Scottish Education Department, 1919
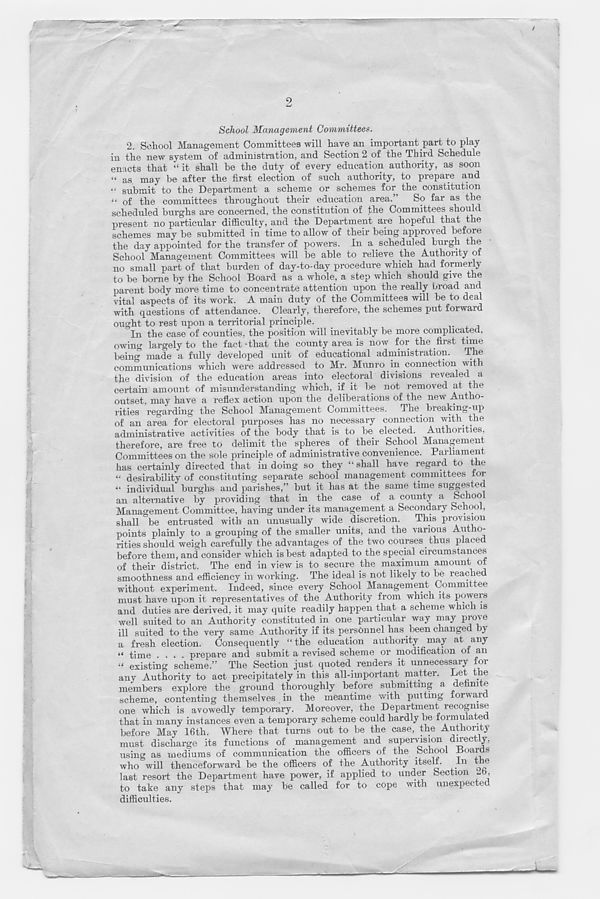
9
School Management Committees.
2. School Management Committees will have an important part to play
in the new system of administration, and Section 2 of the Third Schedule
enacts that “it shall be the duty of every education authority, as soon
“ a9 may be after the first election of such authority, to prepare and
“ submit to the Department a scheme or schemes for the constitution
“ of the committees throughout their education area.
So far as the
scheduled burghs are concerned, the constitution of the Committees should
present no particular difficulty, and the Department are hopeful that the
schemes may be submitted in time to allow of their being approved before
the day appointed for the transfer of powers. In a scheduled burgh the
School Management Committees will be able to relieve the Authority of
no small part of that burden of day-to-day procedure which had formerly
to be borne by the School Board as a whole, a step which should give the
parent body more time to concentrate attention upon the really broad and
vital aspects of its work. A main duty of the Committees will be to deal
with questions of attendance. Clearly, therefore, the schemes put forward
ought to rest upon a territorial principle.
In the case of counties, the position will inevitably be more complicated,
owing largely to the fact -that the county area is now for the first time
being made a fully developed unit of educational administration. The
communications which were addressed to Mr. Munro in connection with
the division of the education areas into electoral divisions revealed a
certain amount of misunderstanding which, if it be not removed at the
outset, may have a reflex action upon the deliberations of the new Autho-
rities regarding the School Management Committees. The breaking-up
of an area for electoral purposes has no necessary connection with the
administrative activities of the body that is to be elected. Authorities
therefore, are free to delimit the spheres of their School Management
Committees on the sole principle of administrative convenience. Parliament
has certainly directed that in doing so they “ shall have regard to the
“ desirability of constituting separate school management committees ioi
“ individual burghs and parishes,” but it has at the same time suggested
an alternative by providing that in the case of a county a Schoo
Management Committee, having under its management a Secondary School,
shall be entrusted with an unusually wide discretion.
This provision
points plainly to a grouping of the smaller units, and the various Autho-
rities should weigh carefully the advantages of the two courses thus placed
before them, and consider which is best adapted to the special circumstances
of their district. The end in view is to secure the maximum amount of
smoothness and efficiency in working. The ideal is not likely to be reached
without experiment. Indeed, since every School Management Committee
must have upon it representatives of the Authority from which its powers
and duties are derived, it may quite readily happen that a scheme which is
well suited to an Authority constituted in one particular way may prove
ill suited to the very same Authority if its personnel has been changed by
a fresh election. Consequently “ the education authority may at any
“ time .... prepare and submit a revised scheme or modification of an
“ existing scheme.” The Section just quoted renders it unnecessary for
any Authority to act precipitately in this all-important matter. Let the
members explore the ground thoroughly before submitting a definite
scheme, contenting themselves in the meantime with putting forward
one which is avowedly temporary. Moreover, the Department recognise
that in many instances even a temporary scheme could hardly be formulated
before May 16th. Where that turns out to be the case, the Authority
must discharge its functions of management and supervision direct y,
using as mediums of communication the officers of the School Boards
who will thenceforward be the officers of the Authority itself. In the
last resort the Department have power, if applied to under Section
,
to take any steps that may be called for to cope with unexpected
difficulties.